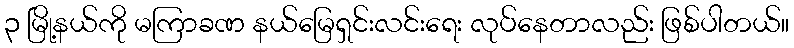
၃ မြို့နယ်ကို မကြာခဏ နယ်မြေရှင်းလင်းရေး လုပ်နေတာလည်း ဖြစ်ပါတယ်။